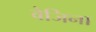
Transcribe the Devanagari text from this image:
वेजिना